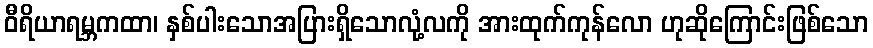
ဝီရိယာရမ္ဘကထာ၊ နှစ်ပါးသောအပြားရှိသောလုံ့လကို အားထုက်ကုန်လော ဟုဆိုကြောင်းဖြစ်သော